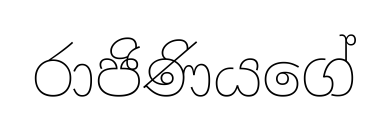
රාජිණියගේ